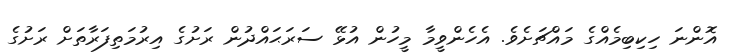
އޮންނަ ހިކިބިމެއްގެ މައްޗަށެވެ. އެހެންވީމާ މީހުން އުޅޭ ސަރަޙައްދުން ރަށުގެ އިރުމަތިފަރާތަށް ރަށުގެ